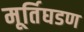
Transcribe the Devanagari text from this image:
मूर्तिघडण